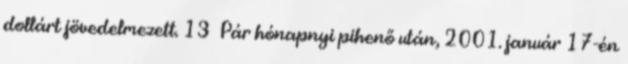
dollárt jövedelmezett. 13 Pár hónapnyi pihenő után, 2001. január 17-én